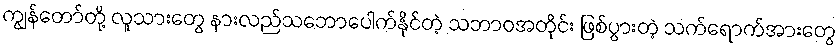
ကျွန်တော်တို့ လူသားတွေ နားလည်သဘောပေါက်နိုင်တဲ့ သဘာဝအတိုင်း ဖြစ်ပွားတဲ့ သက်ရောက်အားတွေ